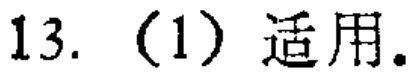
13. (1) 适用.